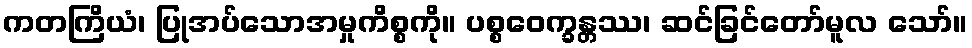
ကတကြိယံ၊ ပြုအပ်သောအမှုကိစ္စကို။ ပစ္စဝေက္ခန္တဿ၊ ဆင်ခြင်တော်မူလ သော်။